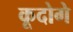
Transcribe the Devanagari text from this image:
कूदोगे